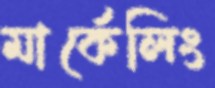
মার্কেলিং